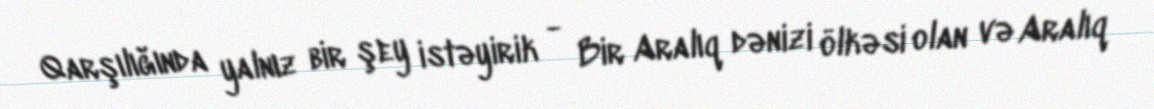
Qarşılığında yalnız bir şey istəyirik - Bir Aralıq dənizi ölkəsi olan və Aralıq